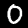
Label: 0